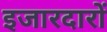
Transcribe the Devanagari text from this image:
इजारदारों